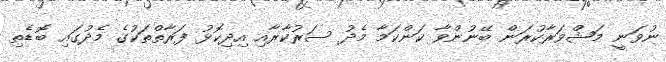
ނުވަނީ މަޝްވަރާކުރަން ބޭނުންވާ ކަންކަމާ މެދު ސަރުކާރާއި އިދިކޮޅު ފަރާތްތަކުގެ މެދުގައި ބޮޑެތި